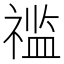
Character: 𱵥